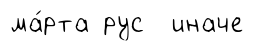
ма́рта рус иначе